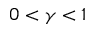
0 < \gamma < 1